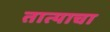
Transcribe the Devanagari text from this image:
तात्याचा